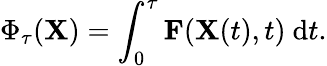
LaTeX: \Phi_{\tau}(\mathbf{X})=\int_{0}^{\tau}\mathbf{F}(\mathbf{X}(t),t)\ \mathrm{d}t.